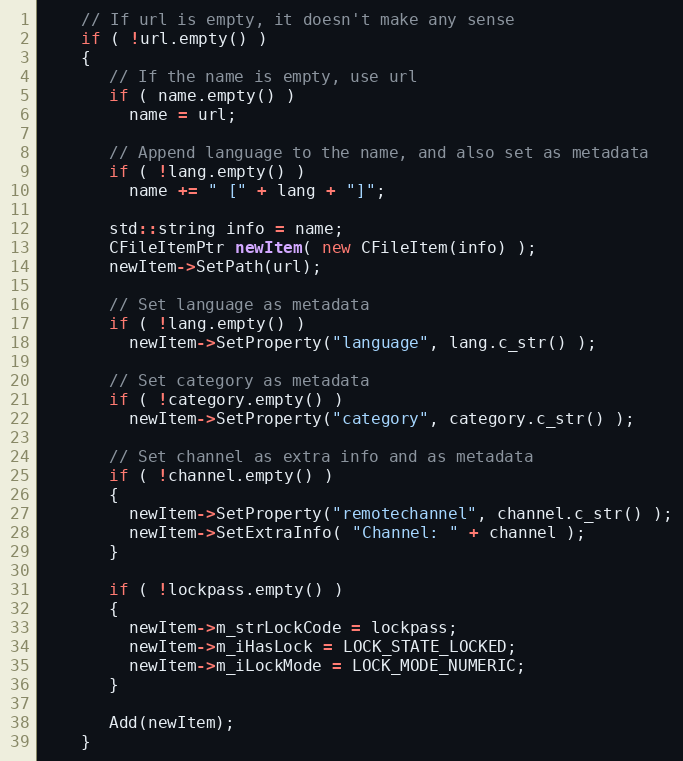
Language: C++
    // If url is empty, it doesn't make any sense
    if ( !url.empty() )
    {
       // If the name is empty, use url
       if ( name.empty() )
         name = url;

       // Append language to the name, and also set as metadata
       if ( !lang.empty() )
         name += " [" + lang + "]";

       std::string info = name;
       CFileItemPtr newItem( new CFileItem(info) );
       newItem->SetPath(url);

       // Set language as metadata
       if ( !lang.empty() )
         newItem->SetProperty("language", lang.c_str() );

       // Set category as metadata
       if ( !category.empty() )
         newItem->SetProperty("category", category.c_str() );

       // Set channel as extra info and as metadata
       if ( !channel.empty() )
       {
         newItem->SetProperty("remotechannel", channel.c_str() );
         newItem->SetExtraInfo( "Channel: " + channel );
       }

       if ( !lockpass.empty() )
       {
         newItem->m_strLockCode = lockpass;
         newItem->m_iHasLock = LOCK_STATE_LOCKED;
         newItem->m_iLockMode = LOCK_MODE_NUMERIC;
       }

       Add(newItem);
    }